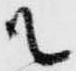
ル